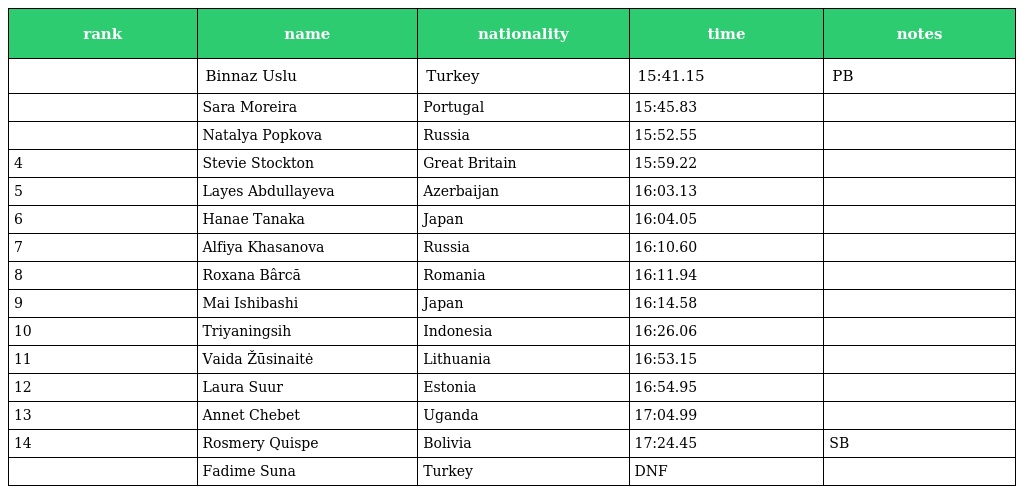
| rank | name | nationality | time | notes |
 | --- | --- | --- | --- | --- |
 |  | Binnaz Uslu | Turkey | 15:41.15 | PB |
 |  | Sara Moreira | Portugal | 15:45.83 |  |
 |  | Natalya Popkova | Russia | 15:52.55 |  |
 | 4 | Stevie Stockton | Great Britain | 15:59.22 |  |
 | 5 | Layes Abdullayeva | Azerbaijan | 16:03.13 |  |
 | 6 | Hanae Tanaka | Japan | 16:04.05 |  |
 | 7 | Alfiya Khasanova | Russia | 16:10.60 |  |
 | 8 | Roxana Bârcă | Romania | 16:11.94 |  |
 | 9 | Mai Ishibashi | Japan | 16:14.58 |  |
 | 10 | Triyaningsih | Indonesia | 16:26.06 |  |
 | 11 | Vaida Žūsinaitė | Lithuania | 16:53.15 |  |
 | 12 | Laura Suur | Estonia | 16:54.95 |  |
 | 13 | Annet Chebet | Uganda | 17:04.99 |  |
 | 14 | Rosmery Quispe | Bolivia | 17:24.45 | SB |
 |  | Fadime Suna | Turkey | DNF |  |